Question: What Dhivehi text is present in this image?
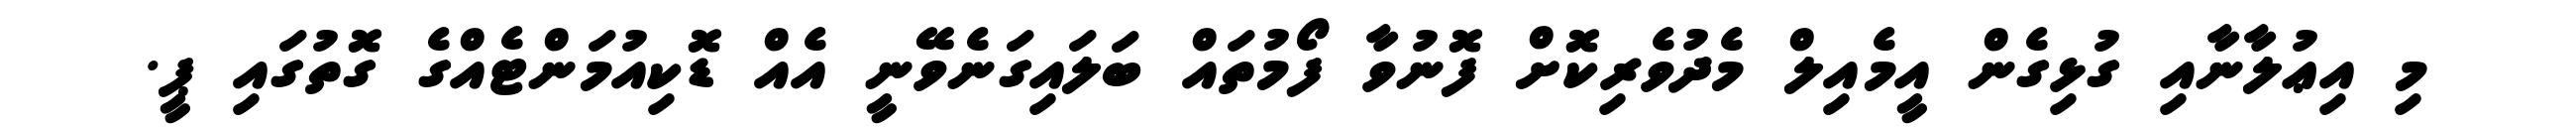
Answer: މި އިޢުލާނާއި ގުޅިގެން އީމެއިލް މެދުވެރިކޮށް ފޮނުވާ ފޯމުތައް ބަލައިގަނެވޭނީ އެއް ޑޮކިއުމަންޓެއްގެ ގޮތުގައި ޕީ.